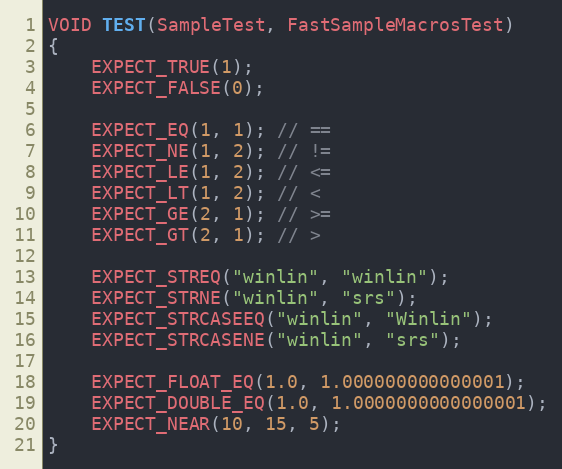
Language: C++
VOID TEST(SampleTest, FastSampleMacrosTest)
{
    EXPECT_TRUE(1);
    EXPECT_FALSE(0);

    EXPECT_EQ(1, 1); // ==
    EXPECT_NE(1, 2); // !=
    EXPECT_LE(1, 2); // <=
    EXPECT_LT(1, 2); // <
    EXPECT_GE(2, 1); // >=
    EXPECT_GT(2, 1); // >

    EXPECT_STREQ("winlin", "winlin");
    EXPECT_STRNE("winlin", "srs");
    EXPECT_STRCASEEQ("winlin", "Winlin");
    EXPECT_STRCASENE("winlin", "srs");

    EXPECT_FLOAT_EQ(1.0, 1.000000000000001);
    EXPECT_DOUBLE_EQ(1.0, 1.0000000000000001);
    EXPECT_NEAR(10, 15, 5);
}